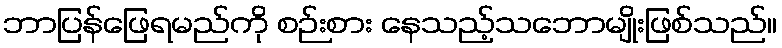
ဘာပြန်ဖြေရမည်ကို စဉ်းစား နေသည့်သဘောမျိုးဖြစ်သည်။